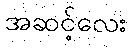
အဆင့်လေး